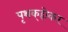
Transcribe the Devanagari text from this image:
पृथक्‌होकर